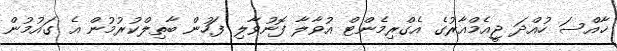
ޚާއްސަ ހުއްދަ ޖީއެމްއާރުގެ އެގްރިމެންޓް އުވާލާ ފޮނުވާލި ފަހުން ބާތިލްކުރުމުން އެ ގައުމުން